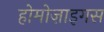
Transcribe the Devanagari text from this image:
होमोज़ाइगस